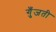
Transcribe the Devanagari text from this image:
गुँजती